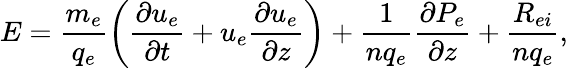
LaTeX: E=\frac{m_{e}}{q_{e}}\left(\frac{\partial u_{e}}{\partial t}+u_{e}\frac{\partial u_{e}}{\partial z}\right)+\frac{1}{nq_{e}}\frac{\partial P_{e}}{\partial z}+\frac{R_{ei}}{nq_{e}},